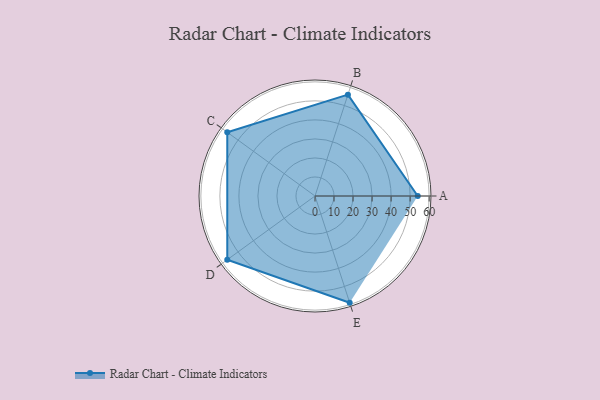
{"axis": {"x": "Skill", "y": "Score"}, "legend": ["Profile"], "data": [{"x": "A", "y": 54.0, "type": "Profile"}, {"x": "B", "y": 56.0, "type": "Profile"}, {"x": "C", "y": 57.0, "type": "Profile"}, {"x": "D", "y": 57.0, "type": "Profile"}, {"x": "E", "y": 59.0, "type": "Profile"}]}